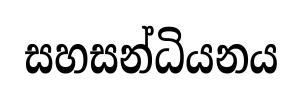
සහසන්ධියනය